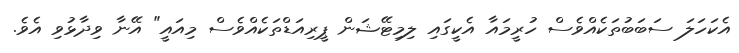
އެކަހަލަ ސަބަބުތަކެއްވެސް ހުރީމައާ އެކީގައި ލިމިޓޭޝަން ޕީރިއަޑްތަކެއްވެސް މިއައީ" އޭނާ ވިދާޅުވި އެވެ.